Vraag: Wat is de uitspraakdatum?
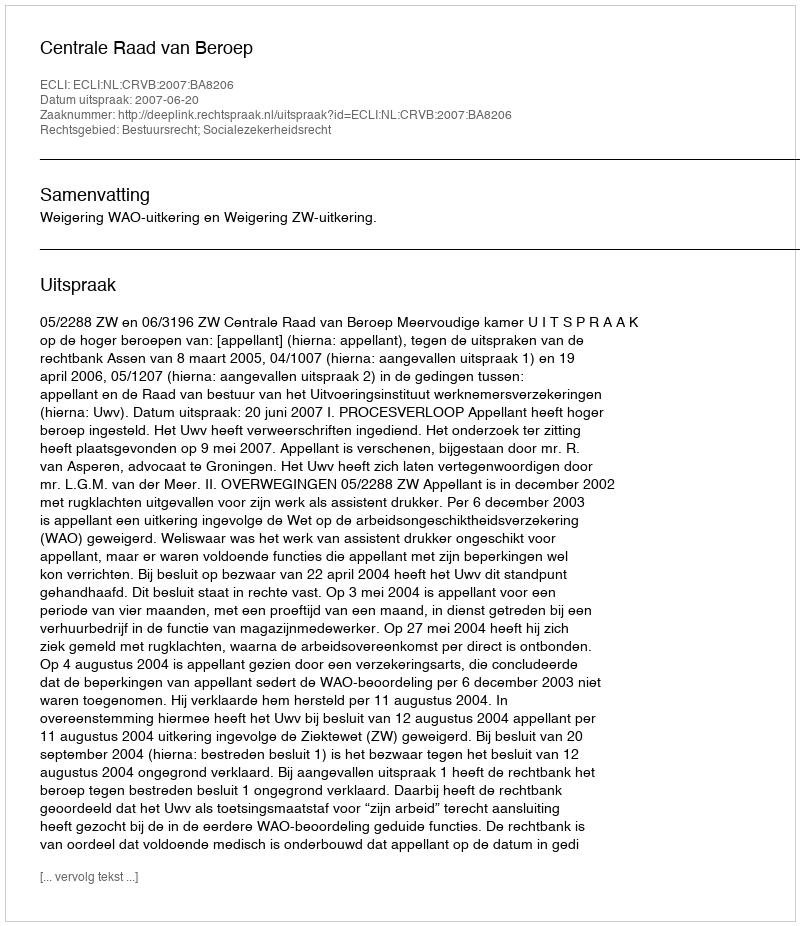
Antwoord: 2007-06-20